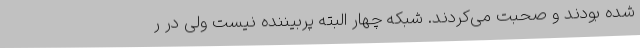
شده بودند و صحبت می‌کردند. شبکه چهار البته پربیننده نیست ولی در ر